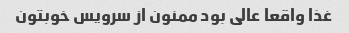
غذا واقعا عالی بود ممنون از سرویس خوبتون